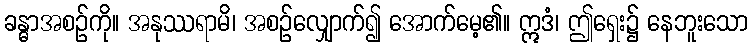
ခန္ဓာအစဉ်ကို။ အနုဿရာမိ၊ အစဉ်လျှောက်၍ အောက်မေ့၏။ ဣဒံ၊ ဤရှေး၌ နေဘူးသော